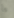
ما